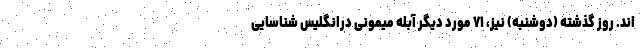
اند. روز گذشته (دوشنبه) نیز، ۷۱ مورد دیگر آبله میمونی درانگلیس شناسایی